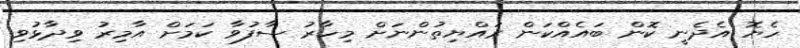
ހެޔޮ އެދެނީ ކޮން ބައެއްކަން ރައްޔިތުންނަށް މިހާރު ސާފުވާ ކަމަށް އާމިރު ވިދާޅުވި